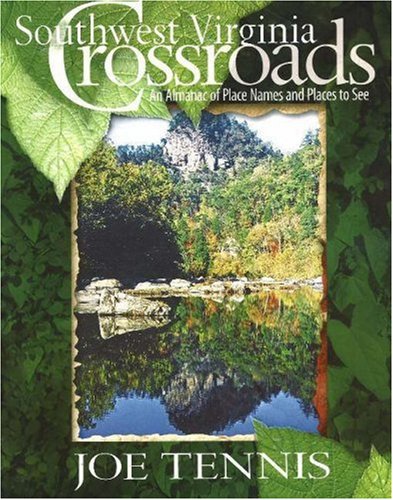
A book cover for Southwest Virginia Crossroads: An Almanac of Place Names and Places to See; Joe Tennis; Travel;